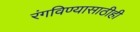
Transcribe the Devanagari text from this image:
रंगविण्यासाठीही